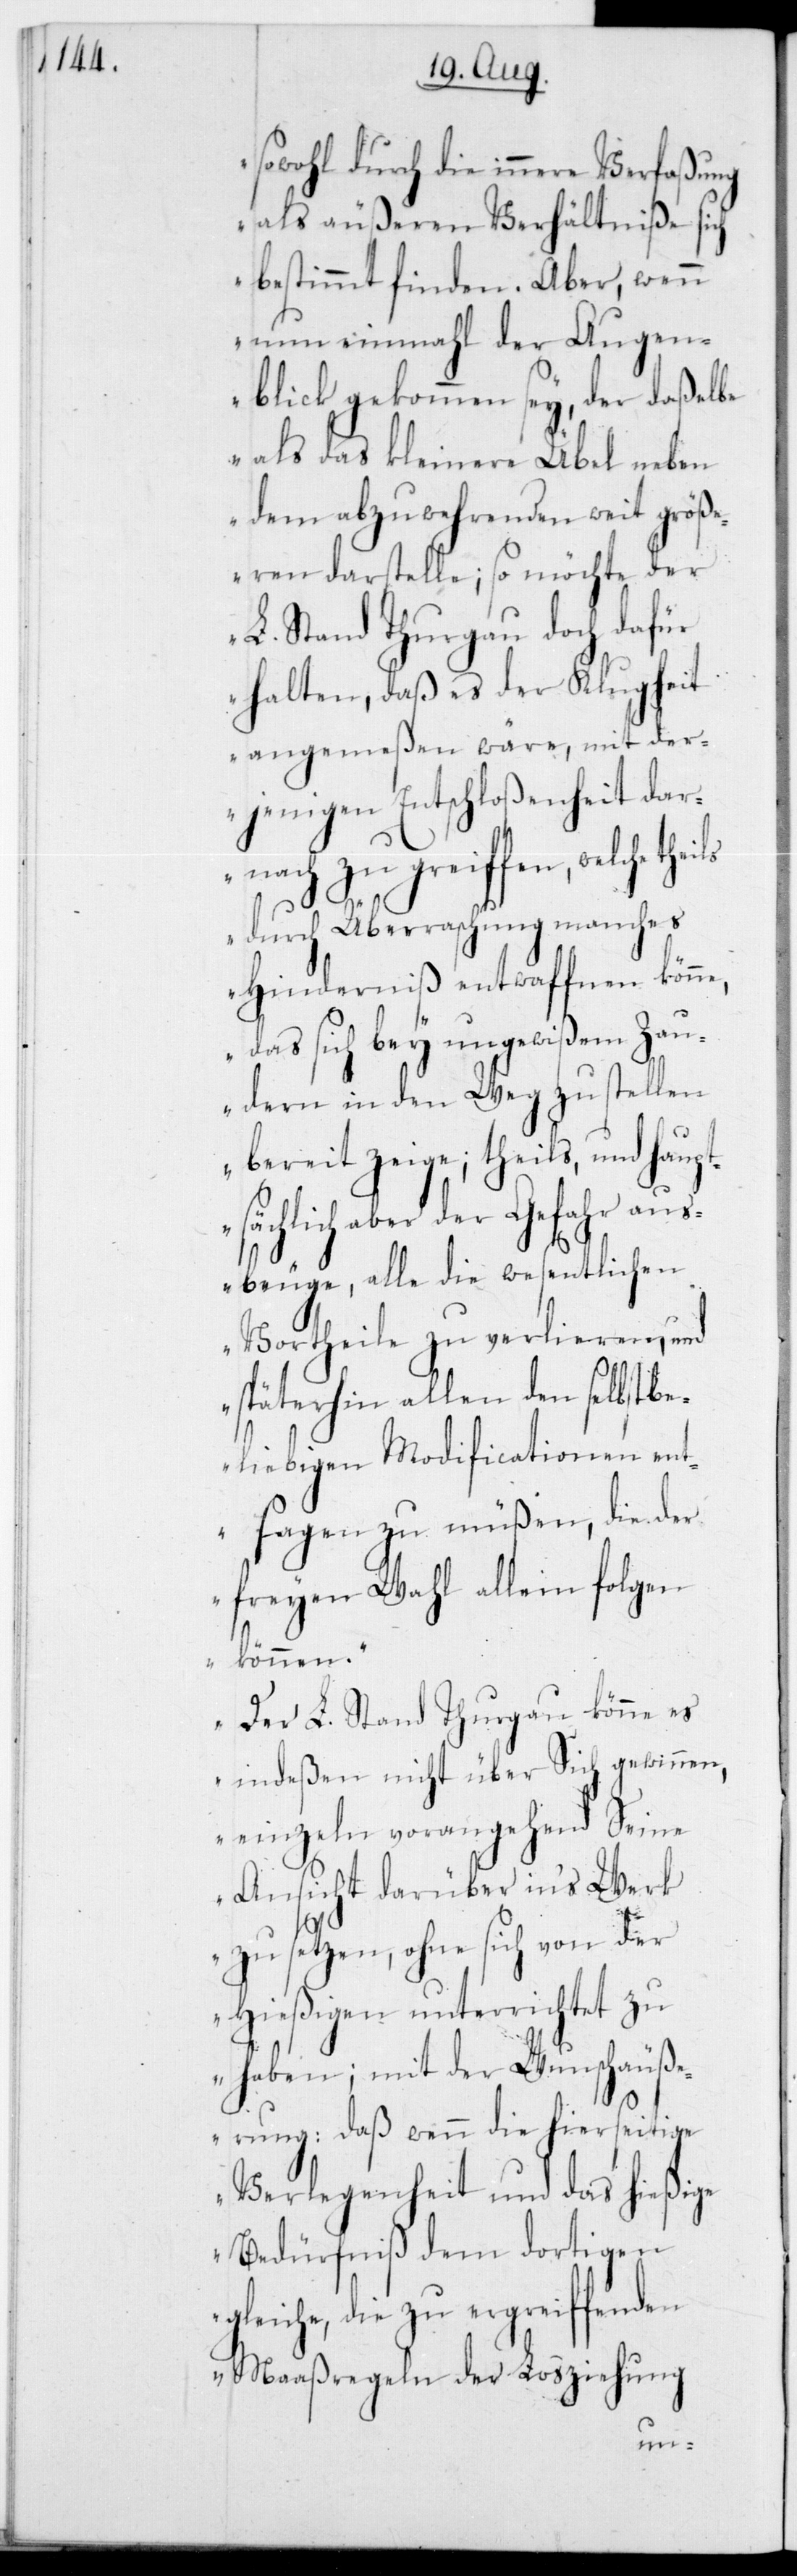
sowohl durch die innere Verfaßung
als äußeren Verhältniße sich
bestimmt finden. Aber, wenn
nun einmal der Augen¬
blick gekommen sey, der daßelbe
als das kleinere Übel neben
dem abzuwehrenden weit größ¬
eren darstelle; so möchte der
L. Stand Thurgau doch dafür
halten, daß es der Klugheit
angemeßen wäre, mit der¬
jenigen Entschloßenheit dar¬
nach zu greiffen, welche
durch Überraschung manches
Hinderniß entwaffnen könne,
das sich bey ungewißem Zau¬
dern in den Weg zu stellen
bereit zeige; theils, und haupt¬
sächlich aber der Gefahr aus¬
beuge, alle die wesentlichen
Vortheile zu verlieren, und
späterhin allen den selbstbe¬
liebigen Modificationen ent¬
sagen zu müßen, die der
freyen Wahl allein folgen
können.
Der L. Stand Thurgau könne es
indeßen nicht über sich gewinnen,
einzeln vorangehend seine
Ansicht darüber in‘s Werk
zu setzen, ohne sich von der
hießigen unterrichtet zu
haben; mit der Wunschäuß¬
erung: daß wenn die hierseitige
Verlegenheit und das hießige
Bedürfniß dem dortigen
leiche, die zu ergreiffenden
Maaßregeln der Losziehung
g¬